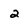
Character: 2